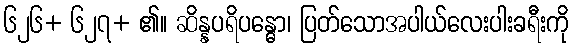
၆၂၆+ ၆၂၇+ ၏။ ဆိန္နပရိပန္ဓော၊ ပြတ်သောအပါယ်လေးပါးခရီးကို